Annual vaccination report of Bihar and Orissa - 1911-1928
Year: 1911
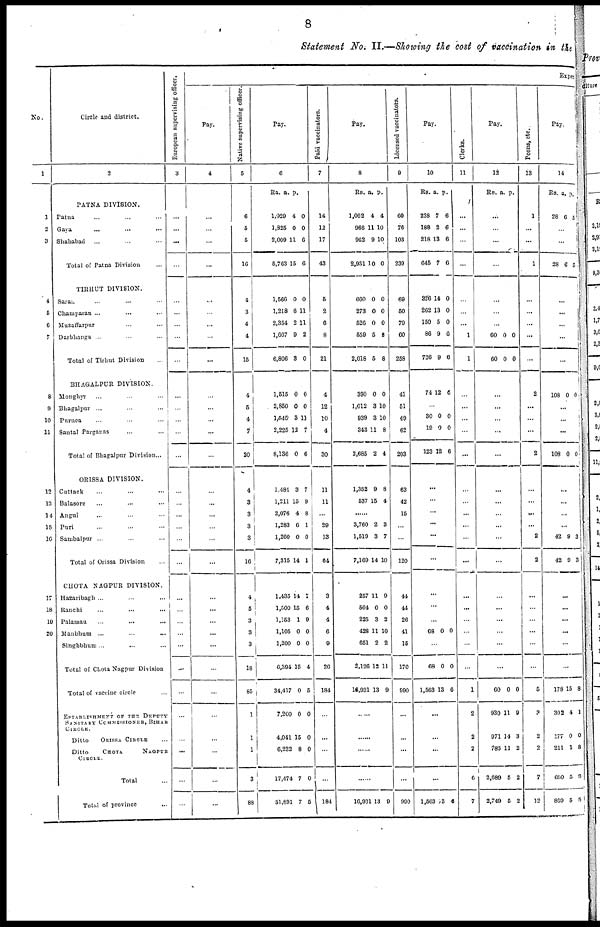
8
Statement No. II.—Showing the cost of vaccination in the
No.
1
1
2
3
4
5
6
7
8
9
10
11
12
13
14
15
16
17
18
19
20
Circle and district.
2
PATNA DIVISION.
Patna ... ... ...
Gaya ... ... ...
Shahabad ... ... ...
Total of Patna Division ...
TIRHUT DIVISION.
Sarar ... ... ...
Champaran ... ... ...
Muzaffarpur ... ... ...
Darbhanga ... ... ...
Total of Tirhut Division ...
BHAGALPUR DIVISION.
Monghyr ... ... ...
Bhagalpur ... ... ...
Purnea ... ... ...
Santal Parganas ... ...
Total of Bhagalpur Division...
ORISSA DIVISION.
Cuttack ... ... ...
Balasore ... ... ...
Angul ... ... ...
Puri ... ... ...
Sambalpur ... ... ...
Total of Orissa Division ...
CHOTA NAGPUR DIVISION.
Hazaribagh ... ... ...
Ranchi ... ... ...
Palamau
...
...
...
Manbhum
...
...
...
Singhbhum ... ... ...
Total of Chota Nagpur Division
Total of vaccine circle ...
ESTABLISHMENT OF THE DEPUTY
SANITARY COMMISSIONER, BIHAR
CIRCLE.
Ditto
ORISSA CIRCLE ...
Ditto
CHOTA
NAGPUR
CIRCLE.
Total ...
Total of province ...
European supervising officer.
3
...
...
...
...
...
...
...
...
...
...
...
...
...
...
...
...
...
...
...
...
...
...
...
...
...
...
...
...
...
...
...
...
Expe
Pay.
4
...
...
...
...
...
...
...
...
...
...
...
...
...
...
...
...
...
...
...
...
...
...
...
...
...
...
...
...
...
...
...
...
Native supervising officer
5
6
5
5
16
4
3
4
4
15
4
5
4
7
20
4
3
3
3
3
16
4
5
3
3
3
18
85
1
1
1
3
88
Pay.
6
Rs. a. p.
1,920
1,825
2,009
5,763
4
0
11
15
0
0
6
6
1,566
1,218
2,354
1,667
6,806
0
6
2
9
3
0
11
11
2
0
1,515
2,850
1,545
2,225
8,136
0
0
3
12
0
0
0
11
7
6
1,484
1,211
2,076
1,283
1,260
7,315
3
15
4
6
0
14
7
9
8
1
0
1
1,435
1,500
1,153
1,105
1,200
6,394
34,417
7,200
4,041
6,232
17,474
51,891
14
15
1
0
0
15
0
0
15
8
7
7
1
6
9
0
0
4
5
0
0
0
0
5
Paid vaccinators.
7
14
12
17
43
5
2
6
8
21
4
12
10
4
30
11
11
...
29
13
64
3
4
4
6
9
26
184
...
...
...
...
184
Pay.
8
Rs. a. p.
1,002
966
962
2,931
4
11
9
10
4
10
10
0
660
273
526
559
2,018
0
0
0
5
6
0
0
0
8
8
390
1,012
939
343
2,685
0
3
3
11
2
0
10
10
8
4
1,352
537
9
15
8
4
...
3,760
1,519
7,169
2
3
14
3
7
10
257
564
225
428
651
2,126
16,931
11
0
3
11
2
12
13
9
0
2
10
2
11
9
......
......
......
......
16,931 13 9
Licensed vaccinators.
9
60
76
103
239
69
50
79
60
258
41
51
49
62
203
63
42
15
...
...
120
44
44
26
41
15
170
990
...
...
...
...
990
Pay.
10
Rs. a. p.
238
188
218
645
226
262
150
86
726
74
7
2
13
7
14
13
5
9
9
12
6
6
6
6
0
0
0
6
6
6
...
30
19
123
0
0
12
0
0
6
...
...
...
...
...
...
...
...
...
68 0 0
...
68
1,563
0
13
0
6
...
...
...
...
1,563 03 6
Clerks.
11
...
...
...
...
...
...
...
1
1
...
...
...
...
...
...
...
...
...
...
...
...
...
...
...
...
...
1
2
2
2
6
7
Pay.
12
Rs. a. p.
...
...
...
...
...
...
...
60
60
0
0
0
0
...
...
...
...
...
...
...
...
...
...
...
...
...
...
...
...
...
60
930
971
783
2,689
2,749
0
11
14
11
5
6
0
9
3
2
2
2
Peons, etc..
13
1
...
...
1
...
...
...
...
...
2
...
...
...
2
...
...
...
...
2
2
...
...
...
...
...
...
5
3
2
2
7
12
Pay.
14
Rs. a. p.
28 6 5
...
...
28 6 5
...
...
...
...
...
108 0 0
...
...
...
108 0 0
...
...
...
...
42
42
9
9
3
3
...
...
...
...
...
...
178
302
177
211
690
869
15
4
0
1
5
5
8
1
0
8
9
5